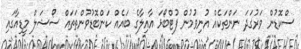
ސްކޮޑުން ވަރުގަދަ ނަންތަކެއް އުނިވުމުން ފުޓްބޯޅަ އާއިލާގެ ބައެއް ކަންބޮޑުވުންތަތައް ސޯޝަލް މީޑިއާގައި